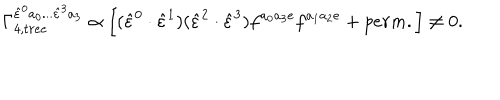
LaTeX: \Gamma _ { 4 , t r e e } ^ { \hat { \varepsilon } ^ { 0 } a _ { 0 } . . . \hat { \varepsilon } ^ { 3 } a _ { 3 } } \propto \left[ ( \hat { \varepsilon } ^ { 0 } \cdot \hat { \varepsilon } ^ { 1 } ) ( \hat { \varepsilon } ^ { 2 } \cdot \hat { \varepsilon } ^ { 3 } ) f ^ { a _ { 0 } a _ { 3 } e } f ^ { a _ { 1 } a _ { 2 } e } + p e r m . \right] \neq 0 .